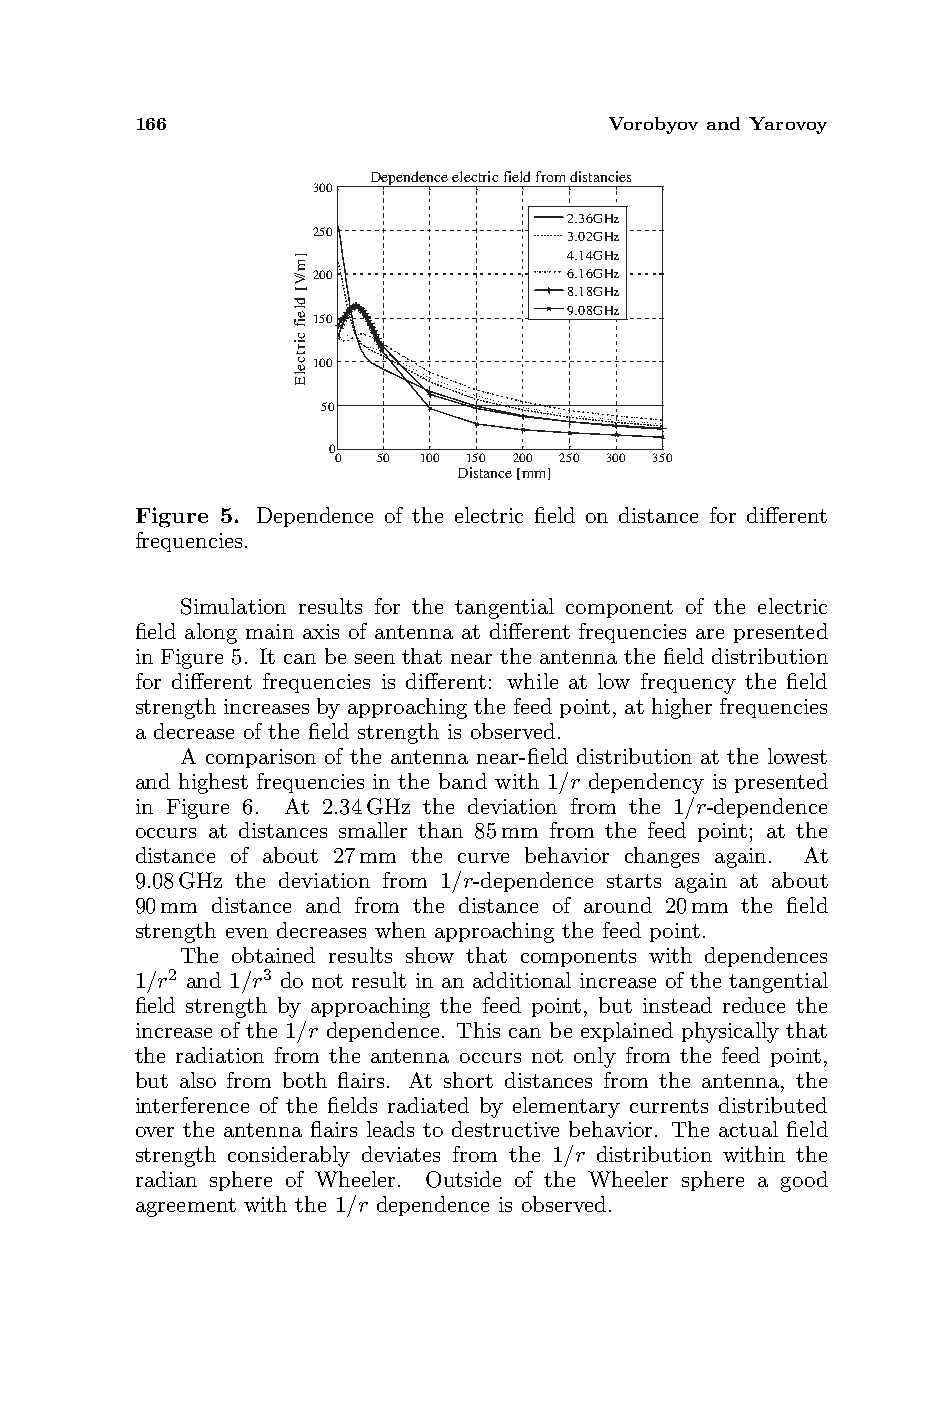
166                            Vorobyov and Yarovoy
 Dependence electric field from distancies
 300
 2.36GHz
 250              3.02GHz
 4.14GHz
 200              6.16GHz
 8.18GHz
 9.08GHz
 150
 100
 50
 0
 0  50 100 150 200 250 300 350
 Distance [mm]
 Figure 5. Dependence of the electric field on distance for different
 frequencies.
 Simulation results for the tangential component of the electric
 field along main axis of antenna at different frequencies are presented
 in Figure 5. It can be seen that near the antenna the field distribution
 for different frequencies is different: while at low frequency the field
 strength increases by approaching the feed point, at higher frequencies
 a decrease of the field strength is observed.
 A comparison of the antenna near-field distribution at the lowest
 and highest frequencies in the band with 1/r dependency is presented
 in Figure 6. At 2.34GHz the deviation from the 1/r-dependence
 occurs at distances smaller than 85mm from the feed point; at the
 distance of about 27mm the curve behavior changes again. At
 9.08GHz the deviation from 1/r-dependence starts again at about
 90mm distance and from the distance of around 20mm the field
 strength even decreases when approaching the feed point.
 The obtained results show that components with dependences
 1/r2 and 1/r3 do not result in an additional increase of the tangential
 field strength by approaching the feed point, but instead reduce the
 increase of the 1/r dependence. This can be explained physically that
 the radiation from the antenna occurs not only from the feed point,
 but also from both flairs. At short distances from the antenna, the
 interference of the fields radiated by elementary currents distributed
 over the antenna flairs leads to destructive behavior. The actual field
 strength considerably deviates from the 1/r distribution within the
 radian sphere of Wheeler. Outside of the Wheeler sphere a good
 agreement with the 1/r dependence is observed.
 ]m/V[
 dleif
 cirtcelE